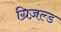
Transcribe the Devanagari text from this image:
ग्रिज़ल्ड